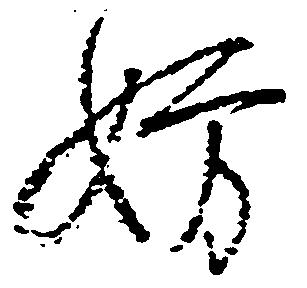
妨